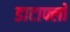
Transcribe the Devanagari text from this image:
डाटाफ्लो